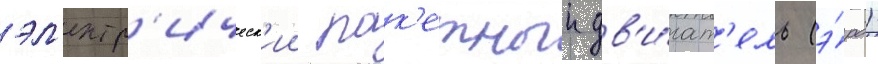
эл'ектр'ическ'ии рак'етныи дв'и́гат'ель (э́рд)